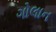
ગોલાન